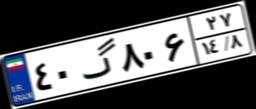
۴۰گ۸۰۶۲۷